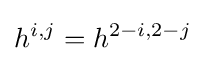
h^{i,j}=h^{2-i,2-j}